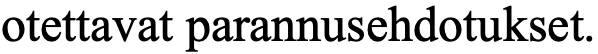
otettavat parannusehdotukset.